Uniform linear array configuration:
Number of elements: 32
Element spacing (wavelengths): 0.75
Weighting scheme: exponential
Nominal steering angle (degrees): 60
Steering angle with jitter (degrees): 59.637
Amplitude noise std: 0.05
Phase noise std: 0.05

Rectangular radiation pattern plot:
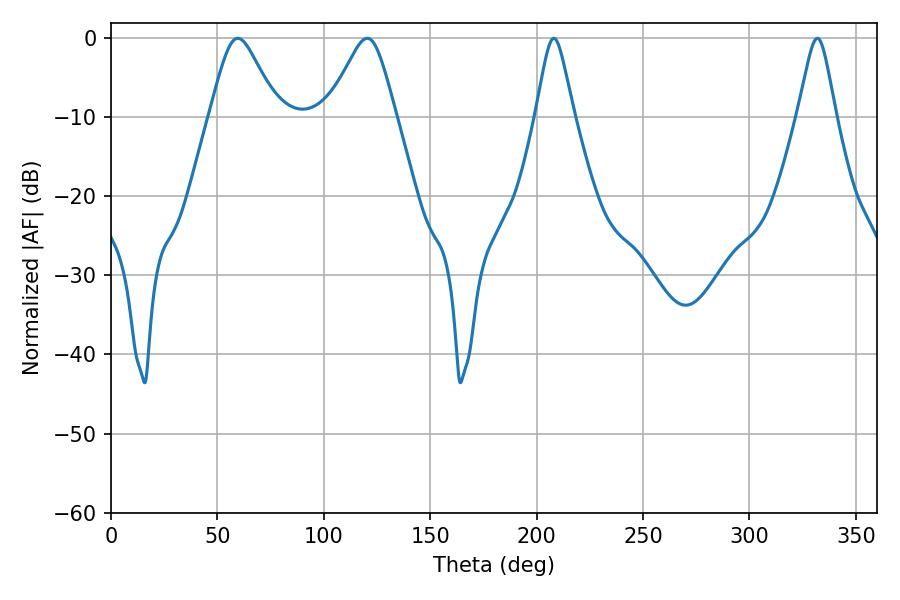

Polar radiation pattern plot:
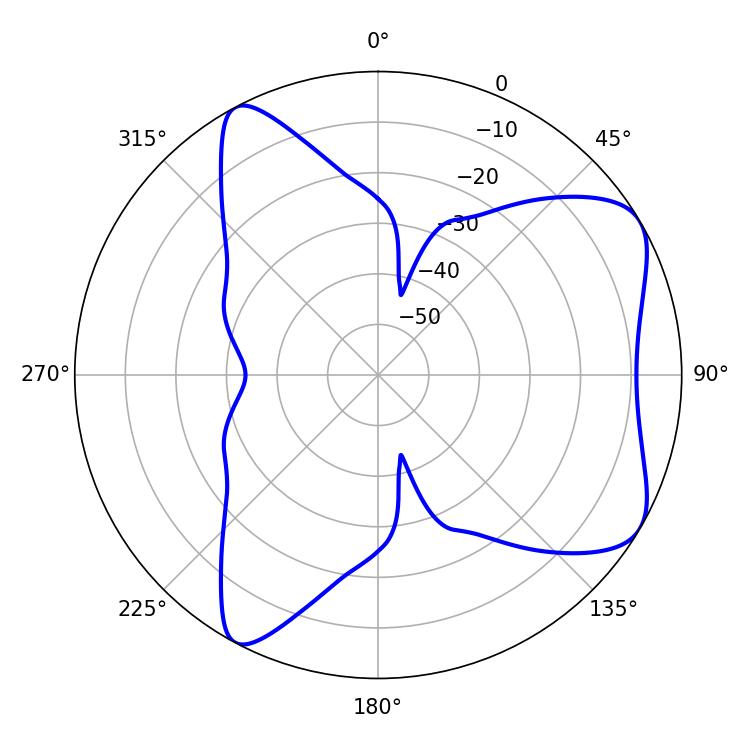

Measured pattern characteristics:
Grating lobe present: TRUE
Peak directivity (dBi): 6.756
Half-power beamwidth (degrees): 15.48
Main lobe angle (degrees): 59.58